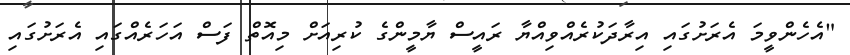
"އެހެންވީމަ އެރަށުގައި އިރާދަކުރެއްވިއްޔާ ރައީސް ޔާމީންގެ ކުރިއަށް މިއޮތް ފަސް އަހަރެއްގައި އެރަށުގައި